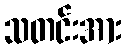
သတင်းအား